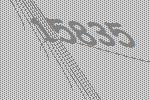
15835